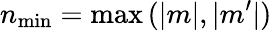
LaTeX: n_{\mathrm{min}}=\operatorname*{max}{(|m|,|m^{\prime}|)}